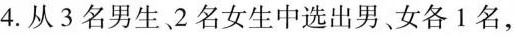
4.从3名男生2名女生中选出男、女各1名，